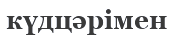
күдцәрімен